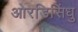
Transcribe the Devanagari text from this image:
ओरडिसिंधु